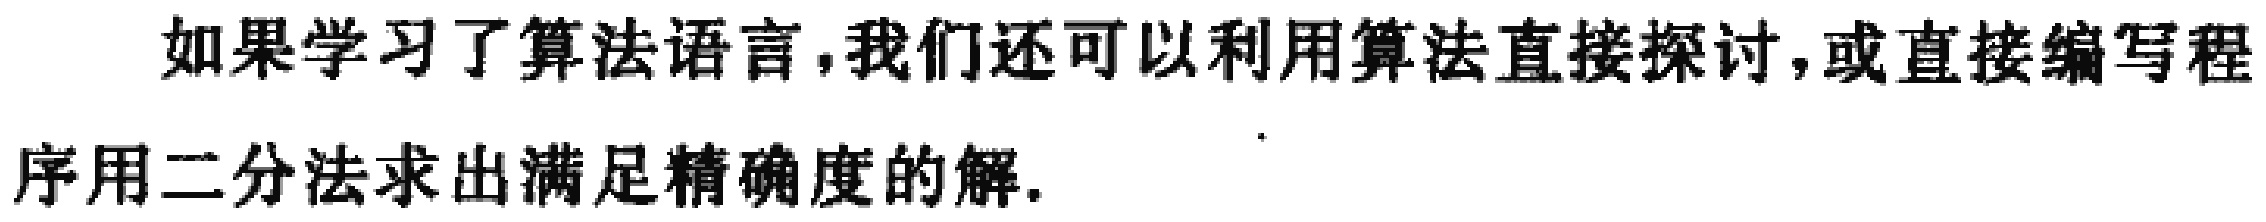
如果学习了算法语言,我们还可以利用算法直接探讨,或直接编写程序用二分法求出满足精确度的解.